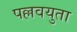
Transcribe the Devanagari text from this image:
पल्लवयुता